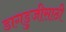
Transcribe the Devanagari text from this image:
डागडुजीसाठी